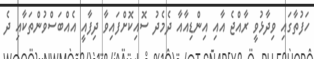
ހަފުތާގައި ވިދާޅުވީ ރާއްޖެ އާއި އިންޑިއާއާ ދެމެދު ސޮއިކޮށްފައިވާ ދިފާއީ އެއްބަސްވުންތަކާއި ދެ